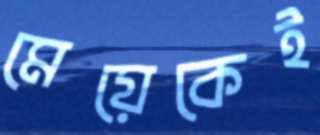
মেয়েকেই